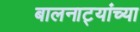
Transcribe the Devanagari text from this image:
बालनाट्यांच्या